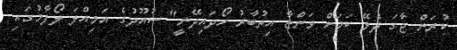
ކުރަން ޖާގަ ދެވޭ ކަމަށް ވަންޏާ އިތުބާރު ހޯދައިދޭނީ" ސުއޫދުގެ އަމިއްލަ ލޯފާމުގައި